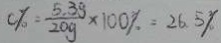
0 \% = \frac { 5 . 3 g } { 2 0 g } \times 1 0 0 \% = 2 6 . 5 \%